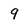
Character: 9